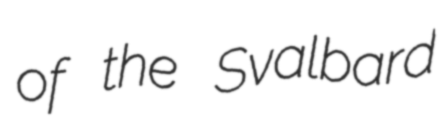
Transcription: of the Svalbard